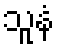
သူနံ